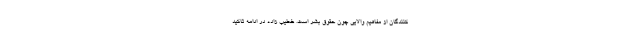
کنندگان از مفاهیم‌ والایی چون حقوق بشر است. خطیب زاده در ادامه تاکید